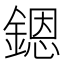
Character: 𨪜